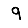
Digit: 9